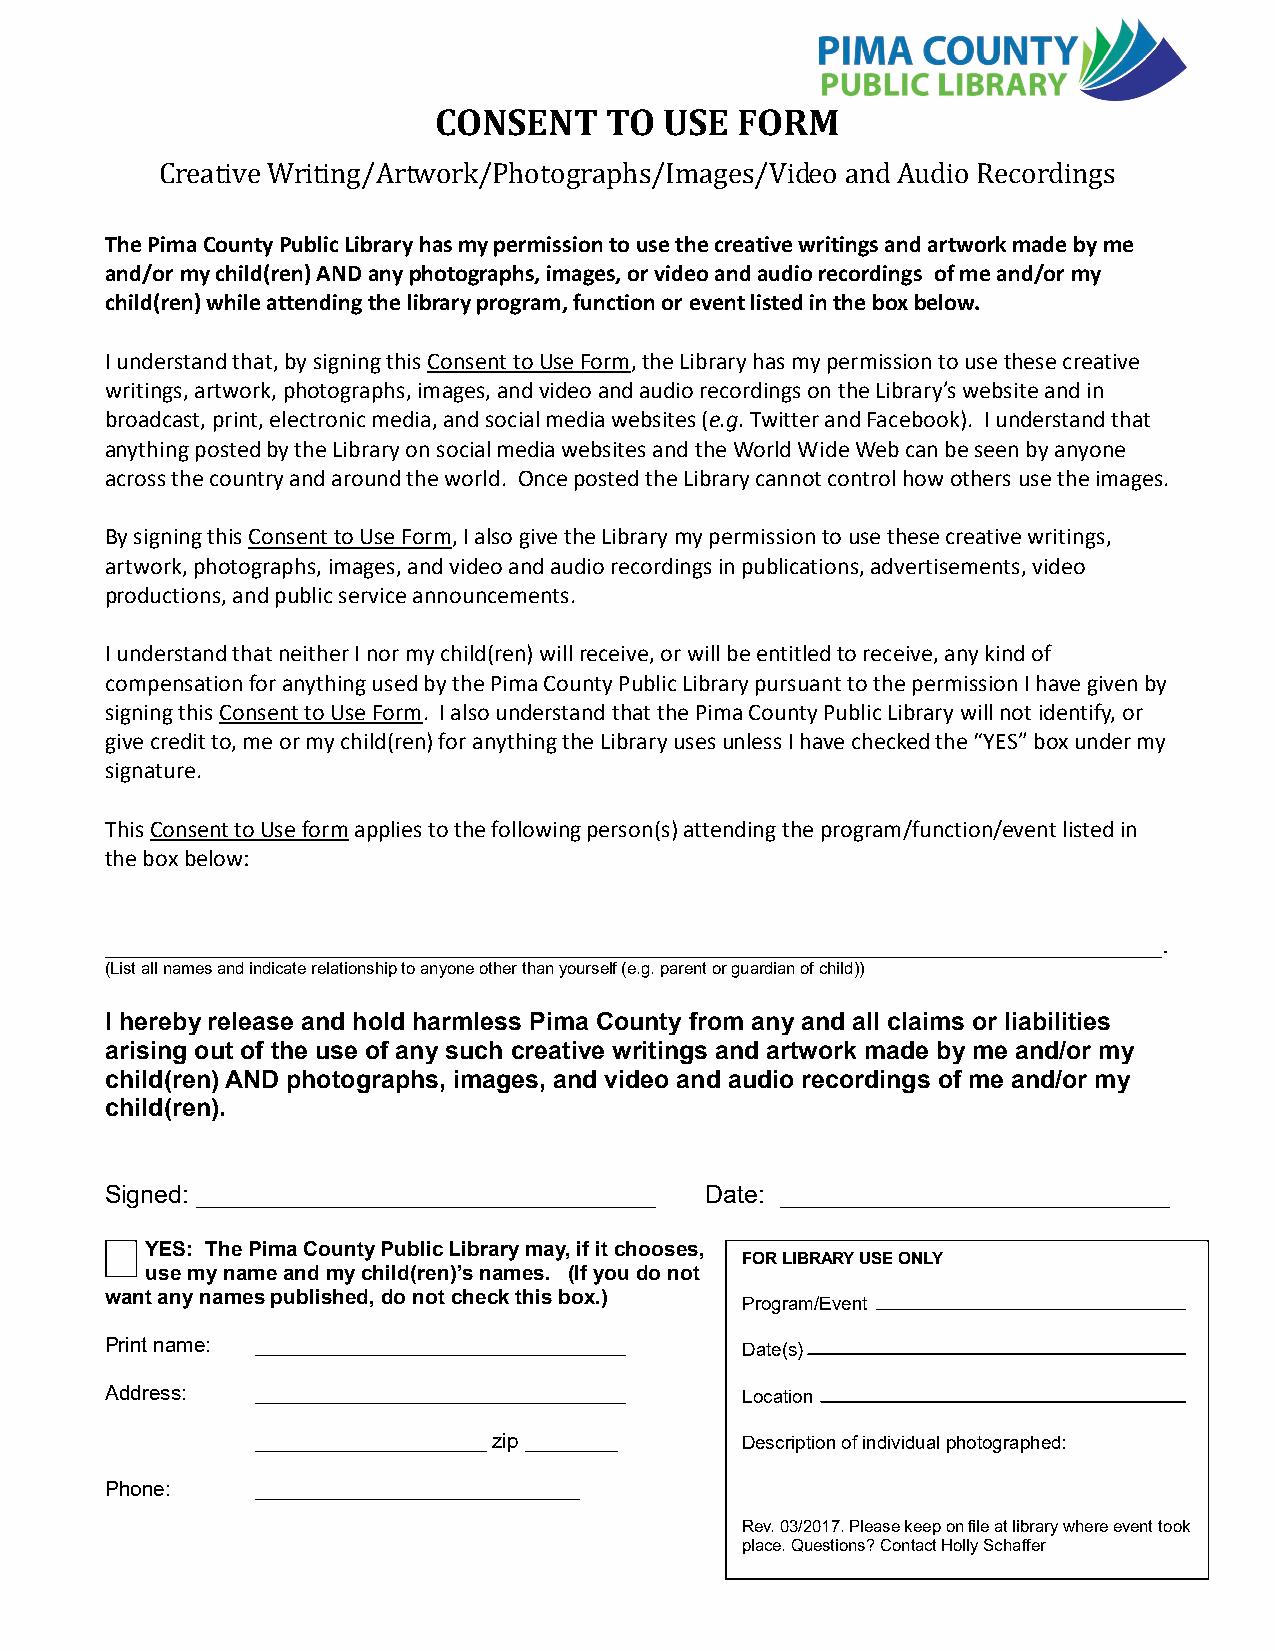
CONSENT    TO  USE  FORM
 Creative Writing/Artwork/Photographs/Images/Video and Audio Recordings
 The Pima County Public Library has my permission to use the creative writings and artwork made by me
 and/or my child(ren) AND any photographs, images, o r video and audio recordings of me and/or my
 child(ren) while attending the library program, function or event listed in the box below.
 I understand that, by signing this Consent to Use Form, the Library has my permission to use these creative
 writings, artwork, photographs, images, and video and audio recordings on the Library’s website and in
 broadcast, print, electronic media, and social media websites (e.g. Twitter and Facebook). I understand that
 anything posted by the Library on social media websites and the World Wide Web can be seen by anyone
 across the country and around the world. Once posted the Library cannot control how others use the images.
 By signing this Consent to Use Form, I also give the Library my permission to use these creative writings,
 artwork, photographs, images, and video and audio recordings in publications, advertisements, video
 productions, and public service announcements.
 I understand that neither I nor my child(ren) will receive, or will be entitled to receive, any kind of
 compensation for anything used by the Pima County Public Library pursuant to the permission I have given by
 signing this Consent to Use Form. I also understand that the Pima County Public Library will not identify, or
 give credit to, me or my child(ren) for anything the Library uses unless I have checked the “YES” box under my
 signature.
 This Consent to Use form applies to the following person(s) attending the program/function/event listed in
 the box below:
 ____________________________________________________________________________.
 (List all names and indicate relationship to anyone other than yourself (e.g. parent or guardian of child))
 I hereby release and hold harmless Pima County from any and all claims or liabilities
 arising out of the use of any such creative writings and artwork made by me and/or my
 child(ren) AND photographs, images, and video and audio recordings of me and/or my
 child(ren).
 Signed: _________________________________ Date: ____________________________
 YES: The Pima County Public Library may, if it chooses,
 FOR LIBRARY USE ONLY
 use my name and my child(ren)’s names. (If you do not
 want any names published, do not check this box.) Program/Event
 Print name: ________________________________ Date(s)
 Address:  ________________________________ Location
 ____________________ zip ________ Description of individual photographed:
 Phone:    ____________________________
 Rev. 03/2017. Please keep on file at library where event took
 place. Questions? Contact Holly Schaffer